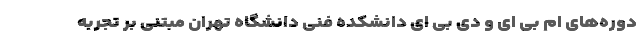
دوره‌های ام بی ای و دی بی ای دانشکده فنی دانشگاه تهران مبتنی بر تجربه